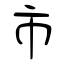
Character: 市